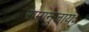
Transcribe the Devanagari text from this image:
रामानुजायः